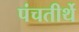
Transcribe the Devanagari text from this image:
पंचतीर्थे